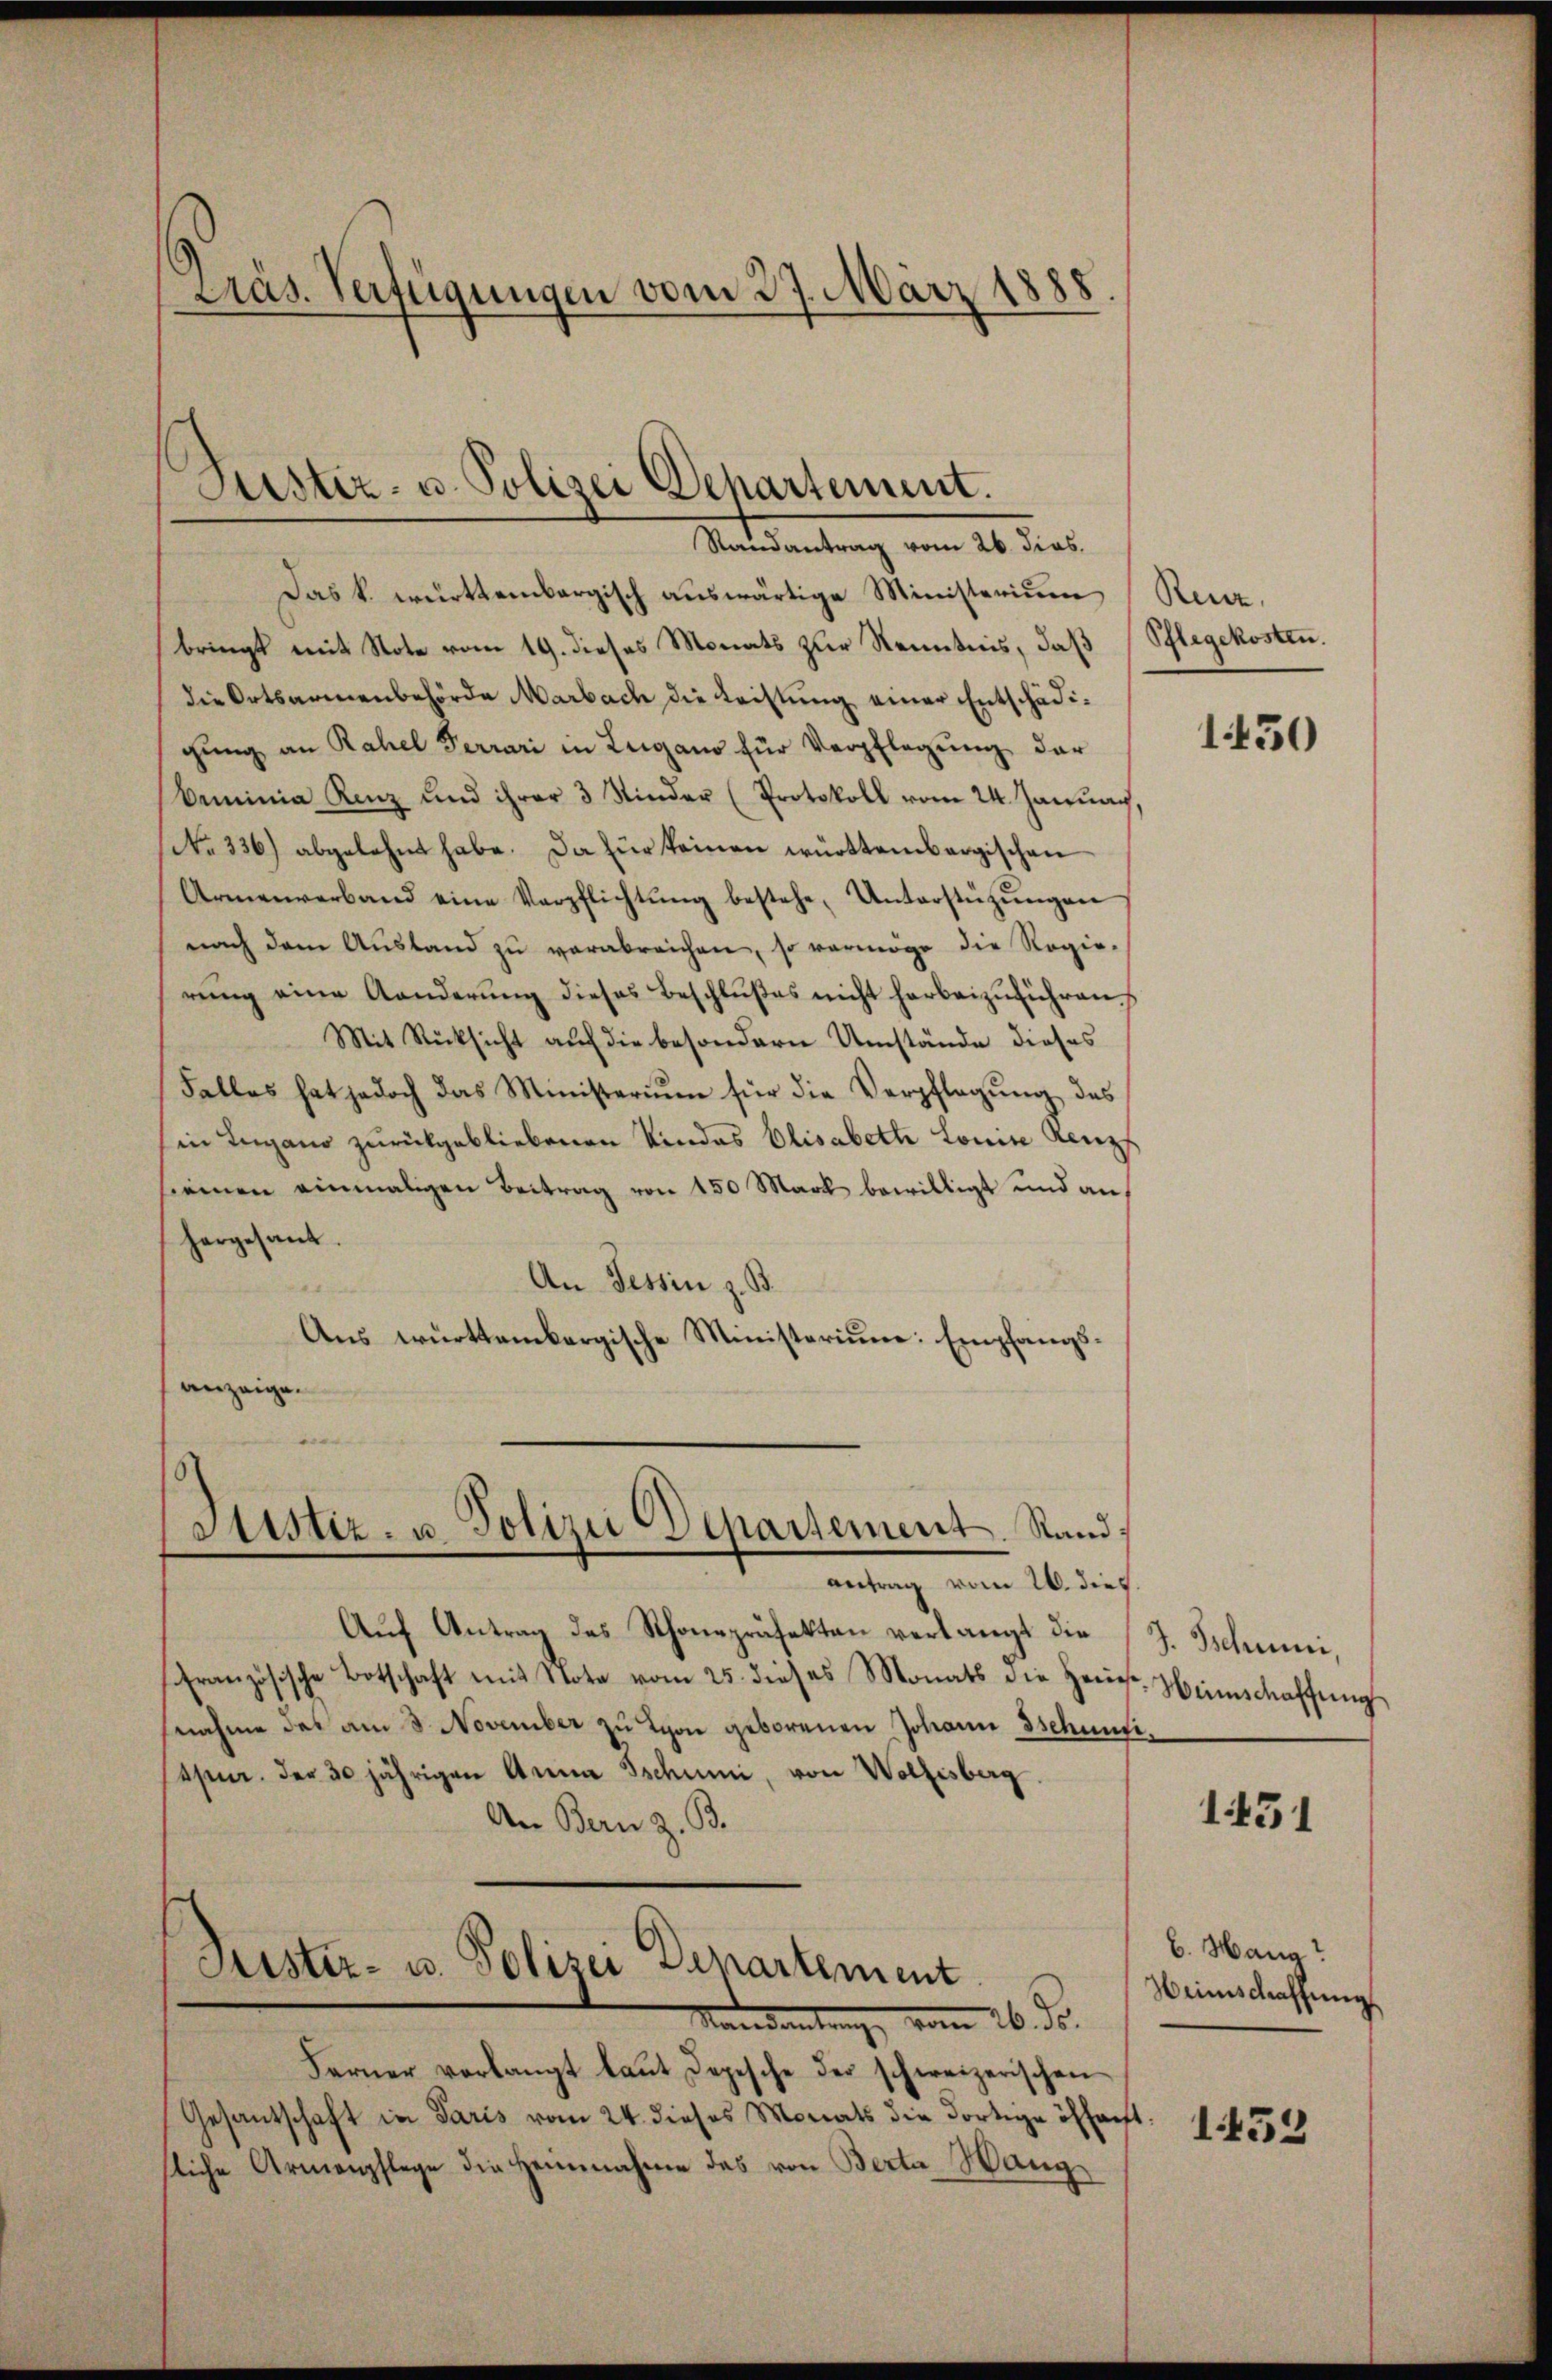
Präs. Verfügungen vom 27. März 1888

Das k. württembergisch auswärtige Ministerium (Renz,
bringt mit Note vom 19. dieses Monats zur Kenntnis, daß (Pflegekosten.
die Ortsarmenbehörde Marbach die Leistung einer Entschädigŭng an Rahel Ferrari in Lugano für Verpflegŭng der
Beminia Renz und ihrer 3 Kinder (Protokoll vom 24. Januar,
(No. 336.) abgelehnt habe. Da für keinen württembergischen
Armenverband eine Verpflichtŭng bestehe, Unterstützŭngen
nach dem Ausland zu verabreichen, so vermöge die Regie-
rung eine Aenderung dieses Beschlußes nicht herbeizuführen.
Mit Rücksicht auf die besondern Umstände dieses
Falles hat jedoch das Ministerium für die Verpflegung des
in Lugano zurückgebliebenen Kindes Elisabeth Louise Renzf
siemen einmaligen Beitrag von 150 Mark bewilligt und auf
hergesant.
An Tessin z. B.
Aus württembergische Ministerium: Empfangsanzeige.

Puster- u. Polizei Departement.
Randantrag vom 26. dies.

Stistiz- u. Polizei Departement. Stand
antrag vom 26. dies

Aŭf Antrag des Schonepräfekten verlangt die
Französische Botschaft mit Note vom 25. dieses Monats die Herr Heimschaffŭng
snahme das am 3. November zu Lyon geborenen Johann Tschentisesen. Der 30 jährigen Anna Tschien, von Wollisberg.
An Bern z. B.
Puster- u. Polizei Departement
Randantrag vom 26. ds.
Ferner vorlangt laŭt Depesche der schweizerischen
Gesantschaft in Paris vom 24. dieses Monats die dortige öffent: 154
sliche Armenpflege die Heinnahme das von Berta Hang

1430

J. Tschuni,

1451

b. Hang?
Weinschaffung